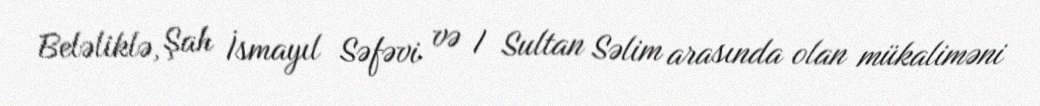
Beləliklə, Şah İsmayıl Səfəvi və I Sultan Səlim arasında olan mükaliməni